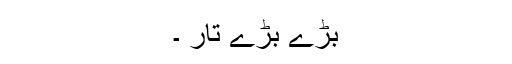
بڑے بڑے تار ۔